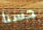
حسنا